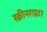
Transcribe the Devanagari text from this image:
स्क्रीनराइटर